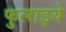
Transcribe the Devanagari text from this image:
फुलाइये